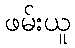
ဖမ်းယူ